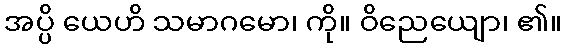
အပ္ပိ ယေဟိ သမာဂမော၊ ကို။ ဝိညေယျော၊ ၏။